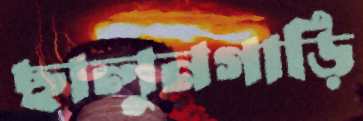
ছালুনগাড়ি